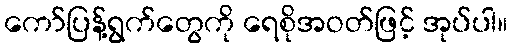
ကော်ပြန့်ရွက်တွေကို ရေစိုအဝတ်ဖြင့် အုပ်ပါ။